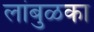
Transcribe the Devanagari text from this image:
लांबुळका